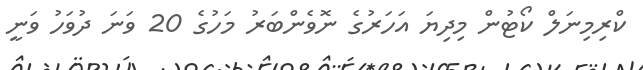
ކްރިމިނަލް ކޯޓުން މިދިޔަ އަހަރުގެ ނޮވެންބަރު މަހުގެ 20 ވަނަ ދުވަހު ވަނީ